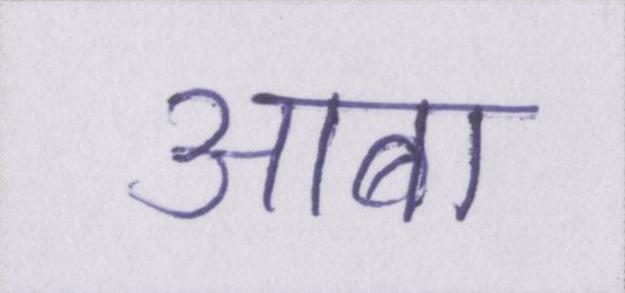
आबा